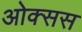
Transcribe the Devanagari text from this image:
ओक्सस